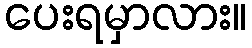
ပေးရမှာလား။